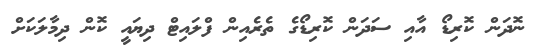
ނޮދަން ކޮރިޑޯ އާއި ސަދަން ކޮރިޑޯގެ ތެރެއިން ފްލައިޓް ދިޔައީ ކޮން ދިމާލަކަށް